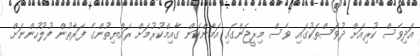
އަދިވެސް ކުރިއަށް ދުވަސްތަކުގައި ވެސް މިރީޖަންގައި އަމާންކަން ގާއިމްކުރުމަށް ރައްޔިތުންގެ ފަރާތުން ފުލުހުންނަށް